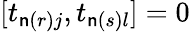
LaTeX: [t_{\mathsf{n}(r)j},t_{\mathsf{n}(s)l}]=0